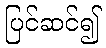
ပြင်ဆင်၍